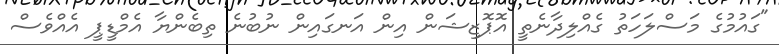
"ގައުމުގެ މަސްލަހަތު ގެއްލިދާނެތީ އޮޕޮޒިޝަން އިން އަނގައިން ނުބުނެ ތިބެންޔާ އެމްޑީޕީ އެއްވެސް